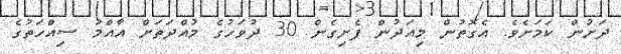
ދަށުން ކަމަށެވެ. އެގޮތުން މިއަދުން ފެށިގެން 30 ދުވަހުގެ މުއްދަތަށް އާއްމު ސިއްހަތުގެ